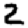
Digit: 2